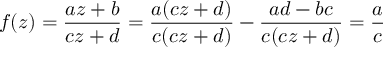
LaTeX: f ( z ) = { \frac { a z + b } { c z + d } } = { \frac { a ( c z + d ) } { c ( c z + d ) } } - { \frac { a d - b c } { c ( c z + d ) } } = { \frac { a } { c } }